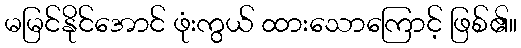
မမြင်နိုင်အောင် ဖုံးကွယ် ထားသောကြောင့် ဖြစ်၏။